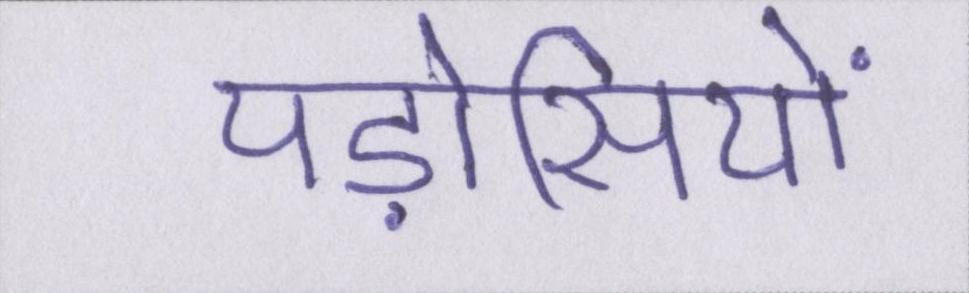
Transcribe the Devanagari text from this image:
पड़ोसियों